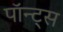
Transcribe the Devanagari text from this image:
पॉन्ट्स